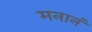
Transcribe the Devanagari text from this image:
मनानं